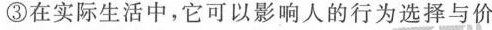
③在实际生活中，它可以影响人的行为选择与价